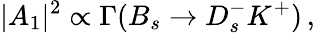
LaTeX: |A_{1}|^{2}\propto\Gamma(B_{s}\to D_{s}^{-}K^{+})\, ,